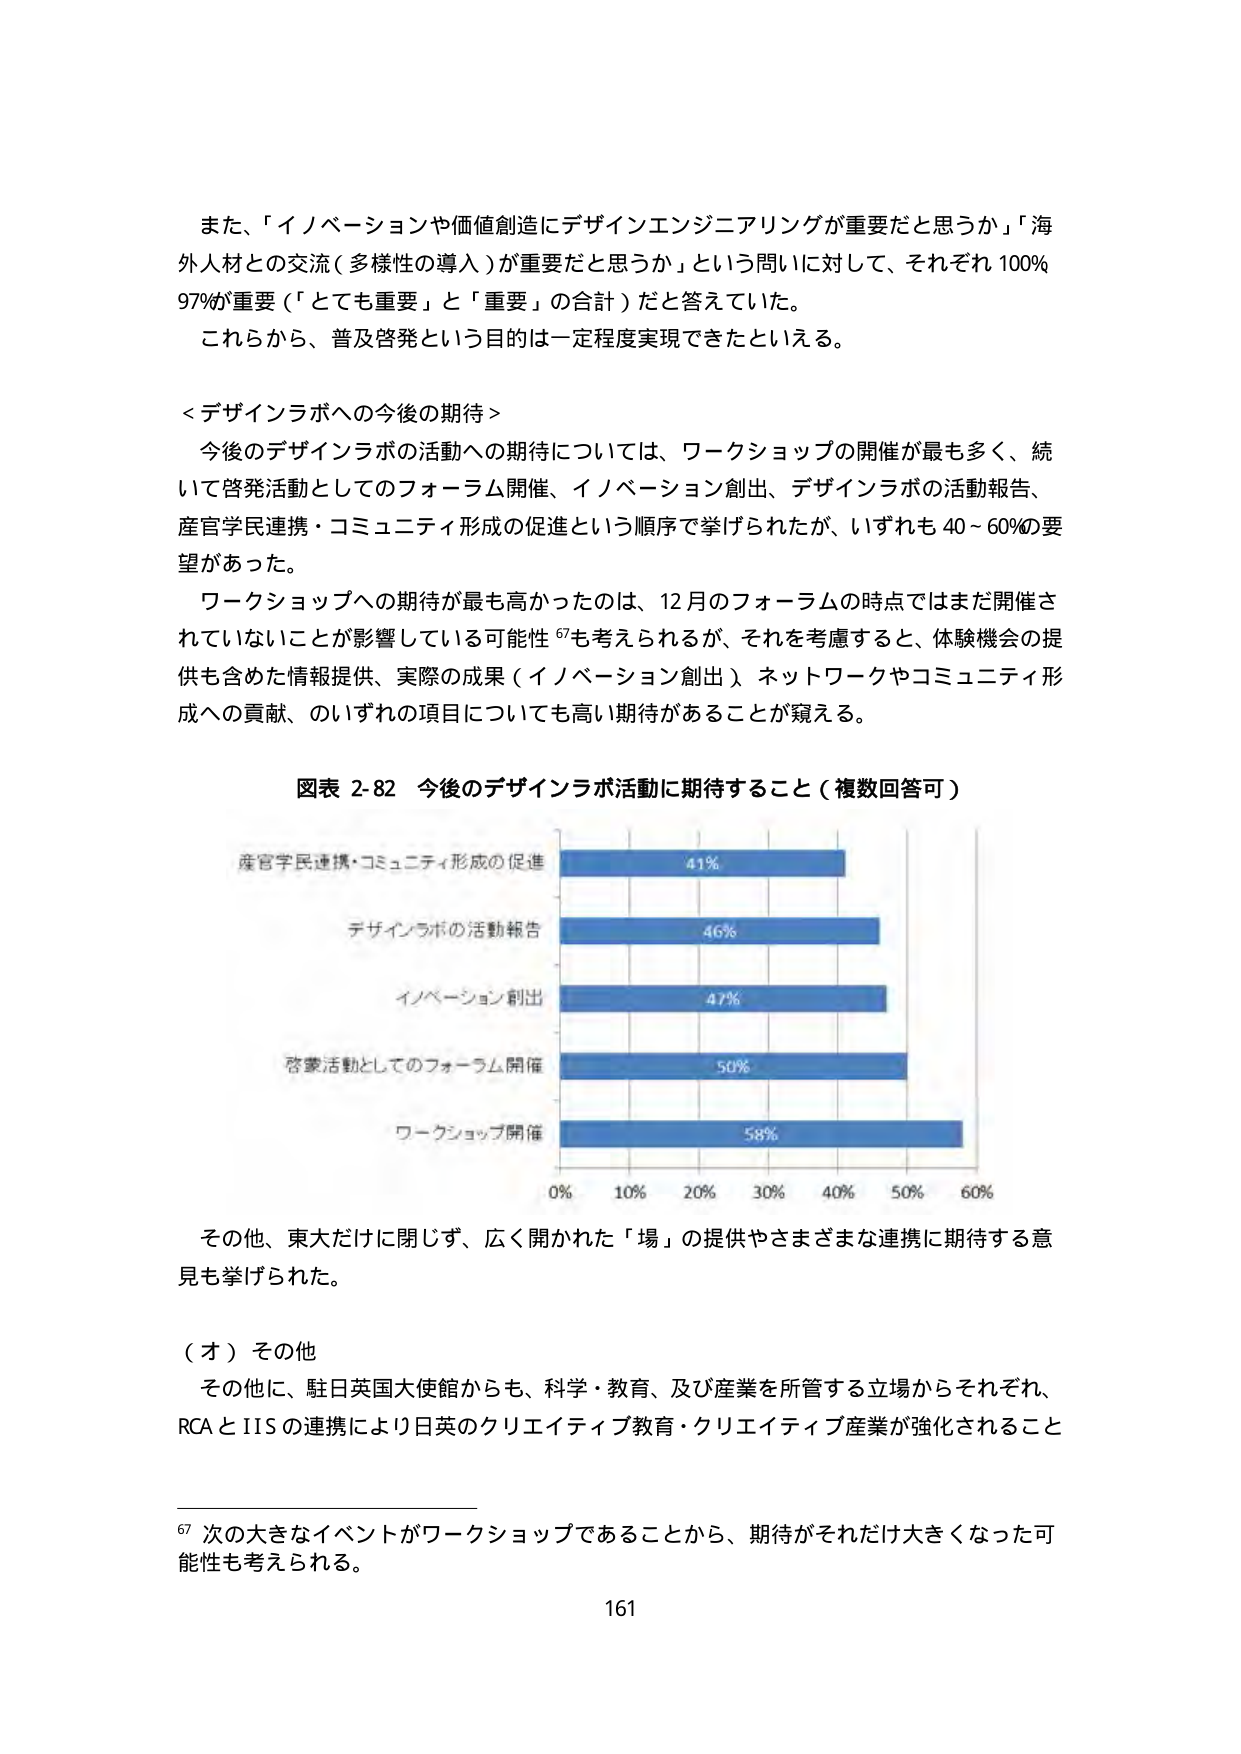
また、「イノベーションや価値創造にデザインエンジニアリングが重要だと思うか」「海外人材との交流（多様性の導入）が重要だと思うか」という問いに対して、それぞれ100%、97%が重要（「とても重要」と「重要」の合計）だと答えていた。
これから、普及啓発という目的は一定程度実現できたといえる。

＜デザインラボへの今後の期待＞
今後のデザインラボの活動への期待については、ワークショップの開催が最も多く、続いて啓発活動としてのフォーラム開催、イノベーション創出、デザインラボの活動報告、産官学民連携・コミュニティ形成の促進という順序で挙げられたが、いずれも40～60%の要望があった。
ワークショップへの期待が最も高かったのは、12月のフォーラムの時点ではまだ開催されていないことが影響している可能性⁶⁷も考えられるが、それを考慮すると、体験機会の提供も含めた情報提供、実際の成果（イノベーション創出）、ネットワークやコミュニティ形成への貢献、のいずれの項目についても高い期待があることが窺える。

図表 2-82 今後のデザインラボ活動に期待すること（複数回答可）
産官学民連携・コミュニティ形成の促進 41%
デザインラボの活動報告 46%
イノベーション創出 47%
啓発活動としてのフォーラム開催 50%
ワークショップ開催 58%
0% 10% 20% 30% 40% 50% 60%

その他、東大だけに閉じず、広く開かれた「場」の提供やさまざまな連携に期待する意見も挙げられた。

（オ）その他
その他に、駐日英国大使館からも、科学・教育、及び産業を所管する立場からそれぞれ、RCAとIISの連携により日英のクリエイティブ教育・クリエイティブ産業が強化されること

⁶⁷ 次の大きなイベントがワークショップであることから、期待がそれだけ大きくなった可能性も考えられる。
161